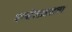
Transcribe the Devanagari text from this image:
एन्सेलाडसचा